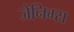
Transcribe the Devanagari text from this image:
जेनिग्स